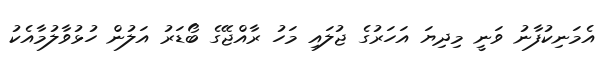
އެމަނިކުފާނު ވަނީ މިދިޔަ އަހަރުގެ ޖުލައި މަހު ރާއްޖޭގެ ބޯޑަރު އަލުން ހުޅުވާލުމާއެކު